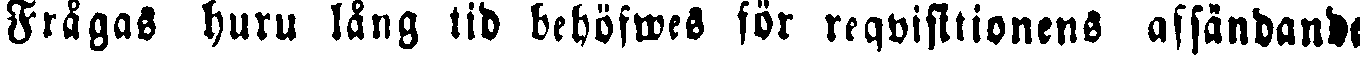
Frågas huru lång tid behöfwes för reqvisitionens affändande